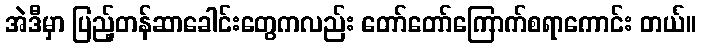
အဲဒီမှာ ပြည့်တန်ဆာခေါင်းတွေကလည်း တော်တော်ကြောက်စရာကောင်း တယ်။